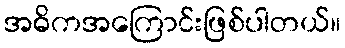
အဓိကအကြောင်းဖြစ်ပါတယ်။